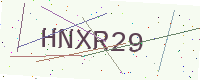
Text: HNXR29